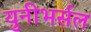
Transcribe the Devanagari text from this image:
युनीभर्सल